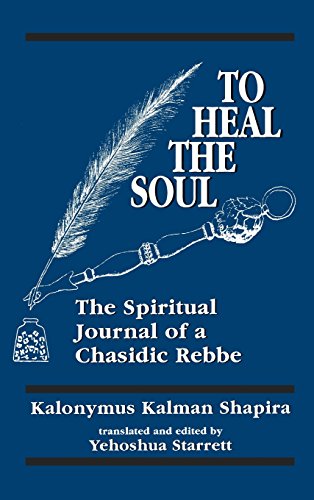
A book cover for To Heal the Soul: The Spiritual Journal of a Chasidic Rebbe; Kalonymus Kalman Shapira; Religion & Spirituality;